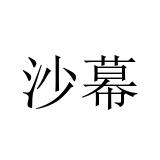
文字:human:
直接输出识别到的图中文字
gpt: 沙幕